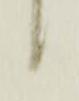
候